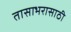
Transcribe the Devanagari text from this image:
तासाभरासाठी